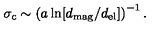
\sigma _ { \mathrm { c } } \sim \left( a \ln [ d _ { \mathrm { m a g } } / d _ { \mathrm { e l } } ] \right) ^ { - 1 } .